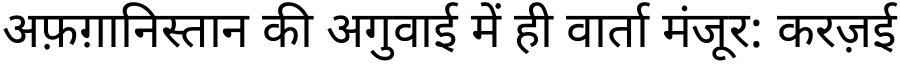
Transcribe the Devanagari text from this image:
अफ़ग़ानिस्तान की अगुवाई में ही वार्ता मंजूर: करज़ई